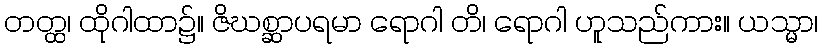
တတ္ထ၊ ထိုဂါထာ၌။ ဇိဃစ္ဆာပရမာ ရောဂါ တိ၊ ရောဂါ ဟူသည်ကား။ ယသ္မာ၊